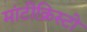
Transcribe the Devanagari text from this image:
मांटीक्रिस्टो